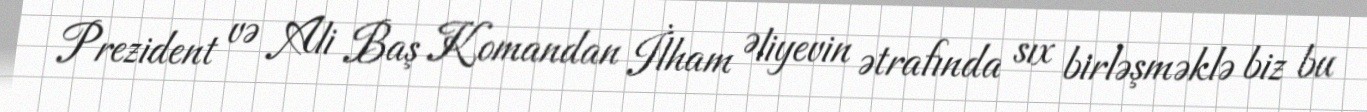
Prezident və Ali Baş Komandan İlham Əliyevin ətrafında sıx birləşməklə biz bu